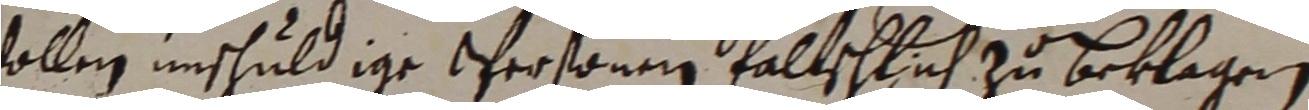
sollen inschuld igr personenn fallschlich zu beklagen